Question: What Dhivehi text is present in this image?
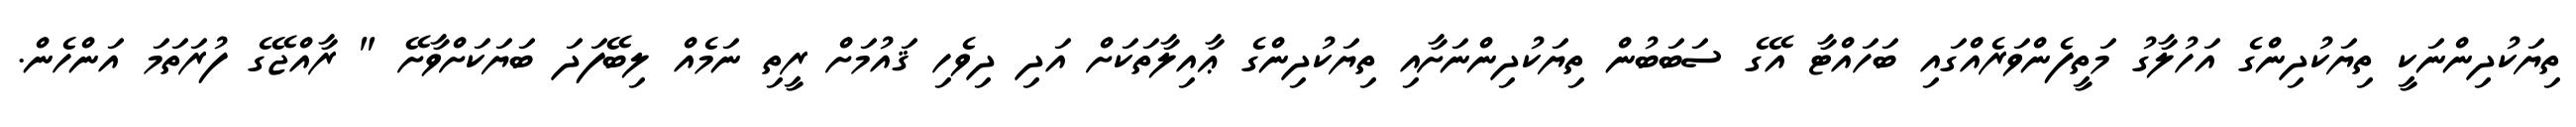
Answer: ތިޔަކުދިންނަކީ ތިޔަކުދިންގެ އަހުލާގު މަތީފެންވަރެއްގައި ބަހައްޓާ އޭގެ ސަބަބުން ތިޔަކުދިންނަށާއި ތިޔަކުދިންގެ ޢާއިލާތަކަށް އަދި ދިވެހި ޤައުމަށް ރީތި ނަމެއް ލިބޭފަދަ ބަޔަކަށްވާށޭ " ރާއްޖޭގެ ފުރަތަމަ އަންހެން.